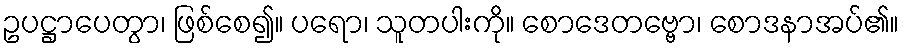
ဥပဋ္ဌာပေတွာ၊ ဖြစ်စေ၍။ ပရော၊ သူတပါးကို။ စောဒေတဗ္ဗော၊ စောဒနာအပ်၏။